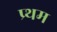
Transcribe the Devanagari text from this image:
प्र्थम